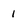
Character: 1